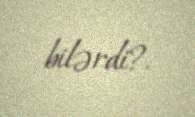
bilərdi?.